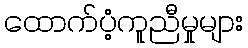
ထောက်ပံ့ကူညီမှုများ